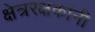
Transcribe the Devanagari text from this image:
क्षेत्ररक्षकांनी